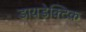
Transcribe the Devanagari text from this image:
डायडेक्टिक